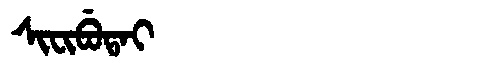
Manchu: ᠰᡳᠸᡳᠪᡠᡨᠠᡳ
Romanization: SIFIBUTAI